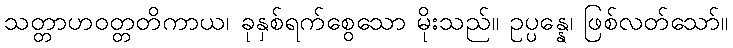
သတ္တာဟဝတ္တတိကာယ၊ ခုနှစ်ရက်စွေသော မိုးသည်။ ဥပ္ပန္နေ၊ ဖြစ်လတ်သော်။